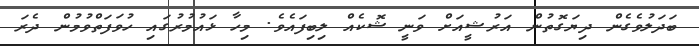
ބަދަލުވެގެން ދިޔަގޮތުން އަރުޝީއަށް ވަނީ ޝޮކެއް ލިބިފައެވެ. މިހާ ޅައުމުރުގައި ހުވަފަތްވުމުން ދެރަ